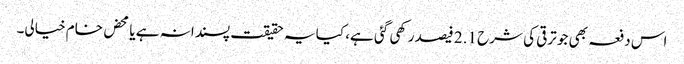
اس دفعہ بھی جو ترقی کی شرح 2.1 فیصد رکھی گئی ہے، کیا یہ حقیقت پسندانہ ہے یا محض خام خیالی۔